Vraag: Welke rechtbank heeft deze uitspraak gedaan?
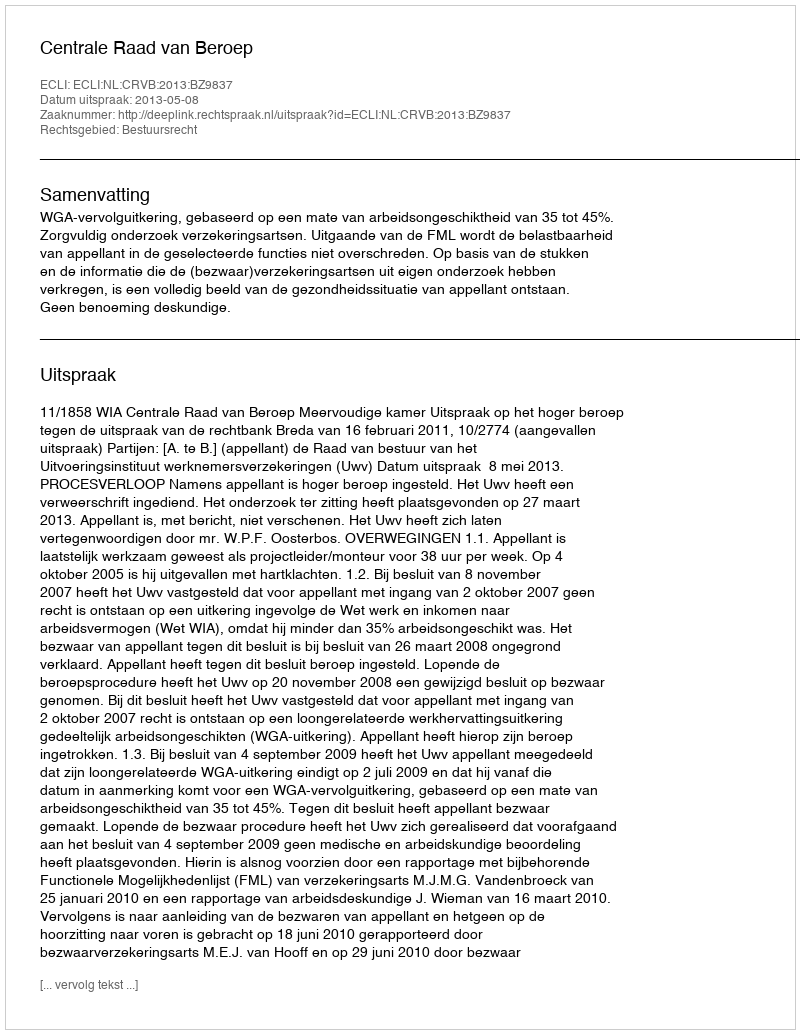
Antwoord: Centrale Raad van Beroep